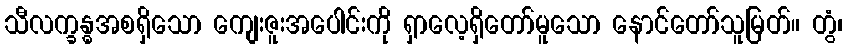
သီလက္ခန္ဓအစရှိသော ကျေးဇူးအပေါင်းကို ရှာလေ့ရှိတော်မူသော နောင်တော်သူမြတ်။ တွံ၊